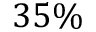
3 5 \%